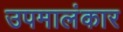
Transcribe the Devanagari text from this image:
उपमालंकार